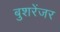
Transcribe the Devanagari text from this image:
बुशरेंजर